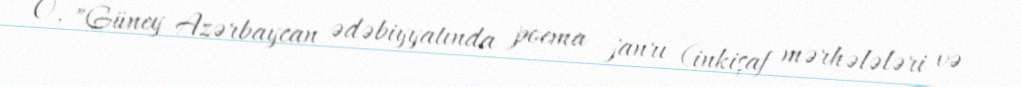
O, "Güney Azərbaycan ədəbiyyatında poema janrı (inkişaf mərhələləri və